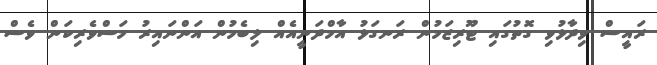
ރައީސް ވިދާޅުވި ގޮތުގައި ޓޫރިޒަމުން ރަނގަޅު އާމްދަނީއެއް ލިބެމުން އަންނައިރު މަސްވެރިކަން ވެސް